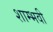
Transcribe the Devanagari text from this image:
शाम्भवी